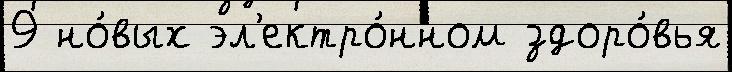
9 но́вых эл'ектро́нном здоро́вья